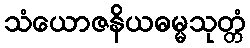
သံယောဇနိယဓမ္မသုတ္တံ